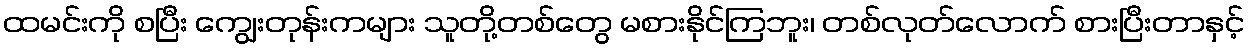
ထမင်းကို စပြီး ကျွေးတုန်းကများ သူတို့တစ်တွေ မစားနိုင်ကြဘူး၊ တစ်လုတ်လောက် စားပြီးတာနှင့်